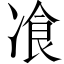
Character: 飡